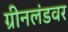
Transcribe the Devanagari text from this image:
ग्रीनलंडवर